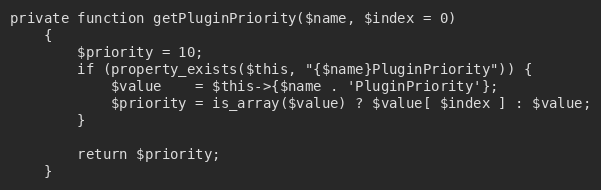
Language: PHP
private function getPluginPriority($name, $index = 0)
    {
        $priority = 10;
        if (property_exists($this, "{$name}PluginPriority")) {
            $value    = $this->{$name . 'PluginPriority'};
            $priority = is_array($value) ? $value[ $index ] : $value;
        }

        return $priority;
    }